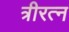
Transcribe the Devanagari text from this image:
त्रीरत्न